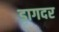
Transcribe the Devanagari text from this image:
डागदर